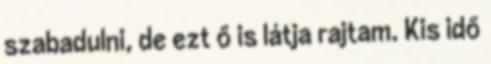
szabadulni, de ezt ő is látja rajtam. Kis idő